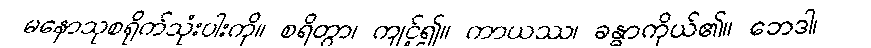
မနောသုစရိုက်သုံးပါးကို။ စရိတွာ၊ ကျင့်၍။ ကာယဿ၊ ခန္ဓာကိုယ်၏။ ဘေဒါ၊